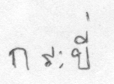
กระบี่